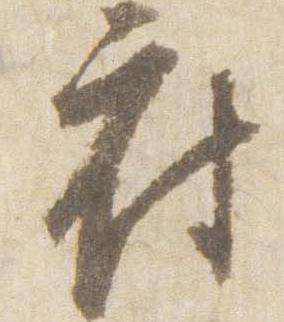
府